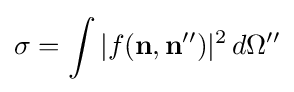
\sigma =\int |f(\mathbf {n} ,\mathbf {n} '')|^{2}\,d\Omega ''